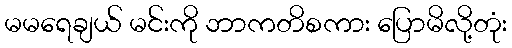
မမရေချယ် မင်းကို ဘာကတိစကား ပြောမိလို့တုံး